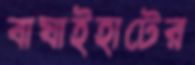
বাঘাইহাটের